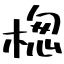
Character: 楤